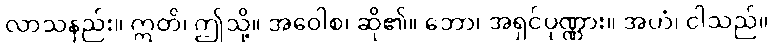
လာသနည်း။ ဣတိ၊ ဤသို့။ အဝေါစ၊ ဆို၏။ ဘော၊ အရှင်ပုဏ္ဏား။ အဟံ၊ ငါသည်။